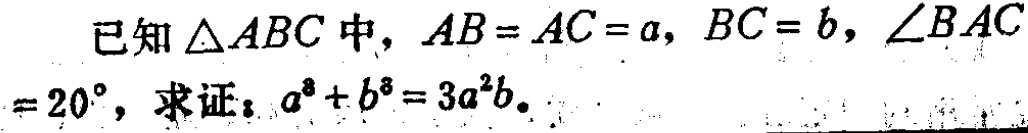
已知\(\triangle ABC\)中，\(AB = AC = a\)，\(BC = b\)，\(\angle BAC = 20^{\circ}\)，求证：\(a^{3}+b^{3}=3a^{2}b\)。